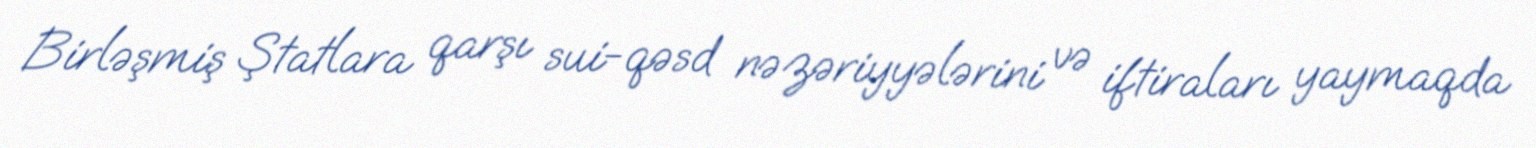
Birləşmiş Ştatlara qarşı sui-qəsd nəzəriyyələrini və iftiraları yaymaqda